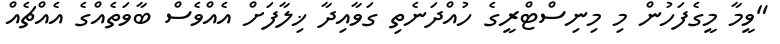
"ވީމާ މީގެފަހުން މި މިނިސްޓްރީގެ ހުއްދަނެތި ގަވާއިދާ ޚިލާފަށް އެއްވެސް ބާވަތެއްގެ އެއްޗެއް